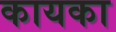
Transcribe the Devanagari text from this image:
कायका